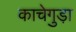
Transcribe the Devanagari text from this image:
काचेगुड़ा